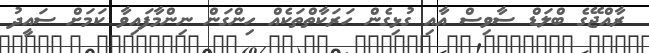
ރާއްޖޭގެ ބްލަޑް ސާވިސް އާއި ގުޅިގެން ހަރަކާތްތަކެއް ހިންގަން ނިންމާފައިވާ ކަމަށް ސައީދު